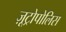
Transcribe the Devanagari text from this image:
ज़ूट्रोपोलिस